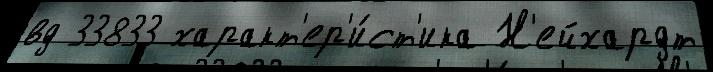
вд 33833 характ'ер'и́ст'ика Н'ейхардт